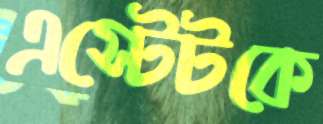
এস্টেটকে